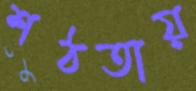
শঠতায়